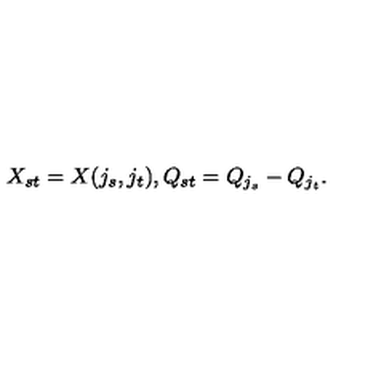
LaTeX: X _ { s t } = X ( j _ { s } , j _ { t } ) , Q _ { s t } = Q _ { j _ { s } } - Q _ { j _ { t } } .